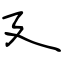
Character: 廴